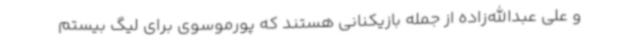
و علی عبدالله‌زاده از جمله بازیکنانی هستند که پورموسوی برای لیگ بیستم